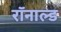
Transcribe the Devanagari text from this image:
रॉनाल्ड